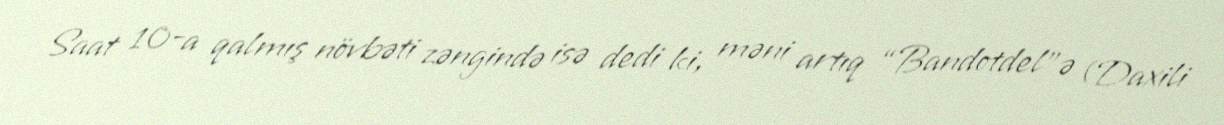
Saat 10-a qalmış növbəti zəngində isə dedi ki, məni artıq “Bandotdel”ə (Daxili